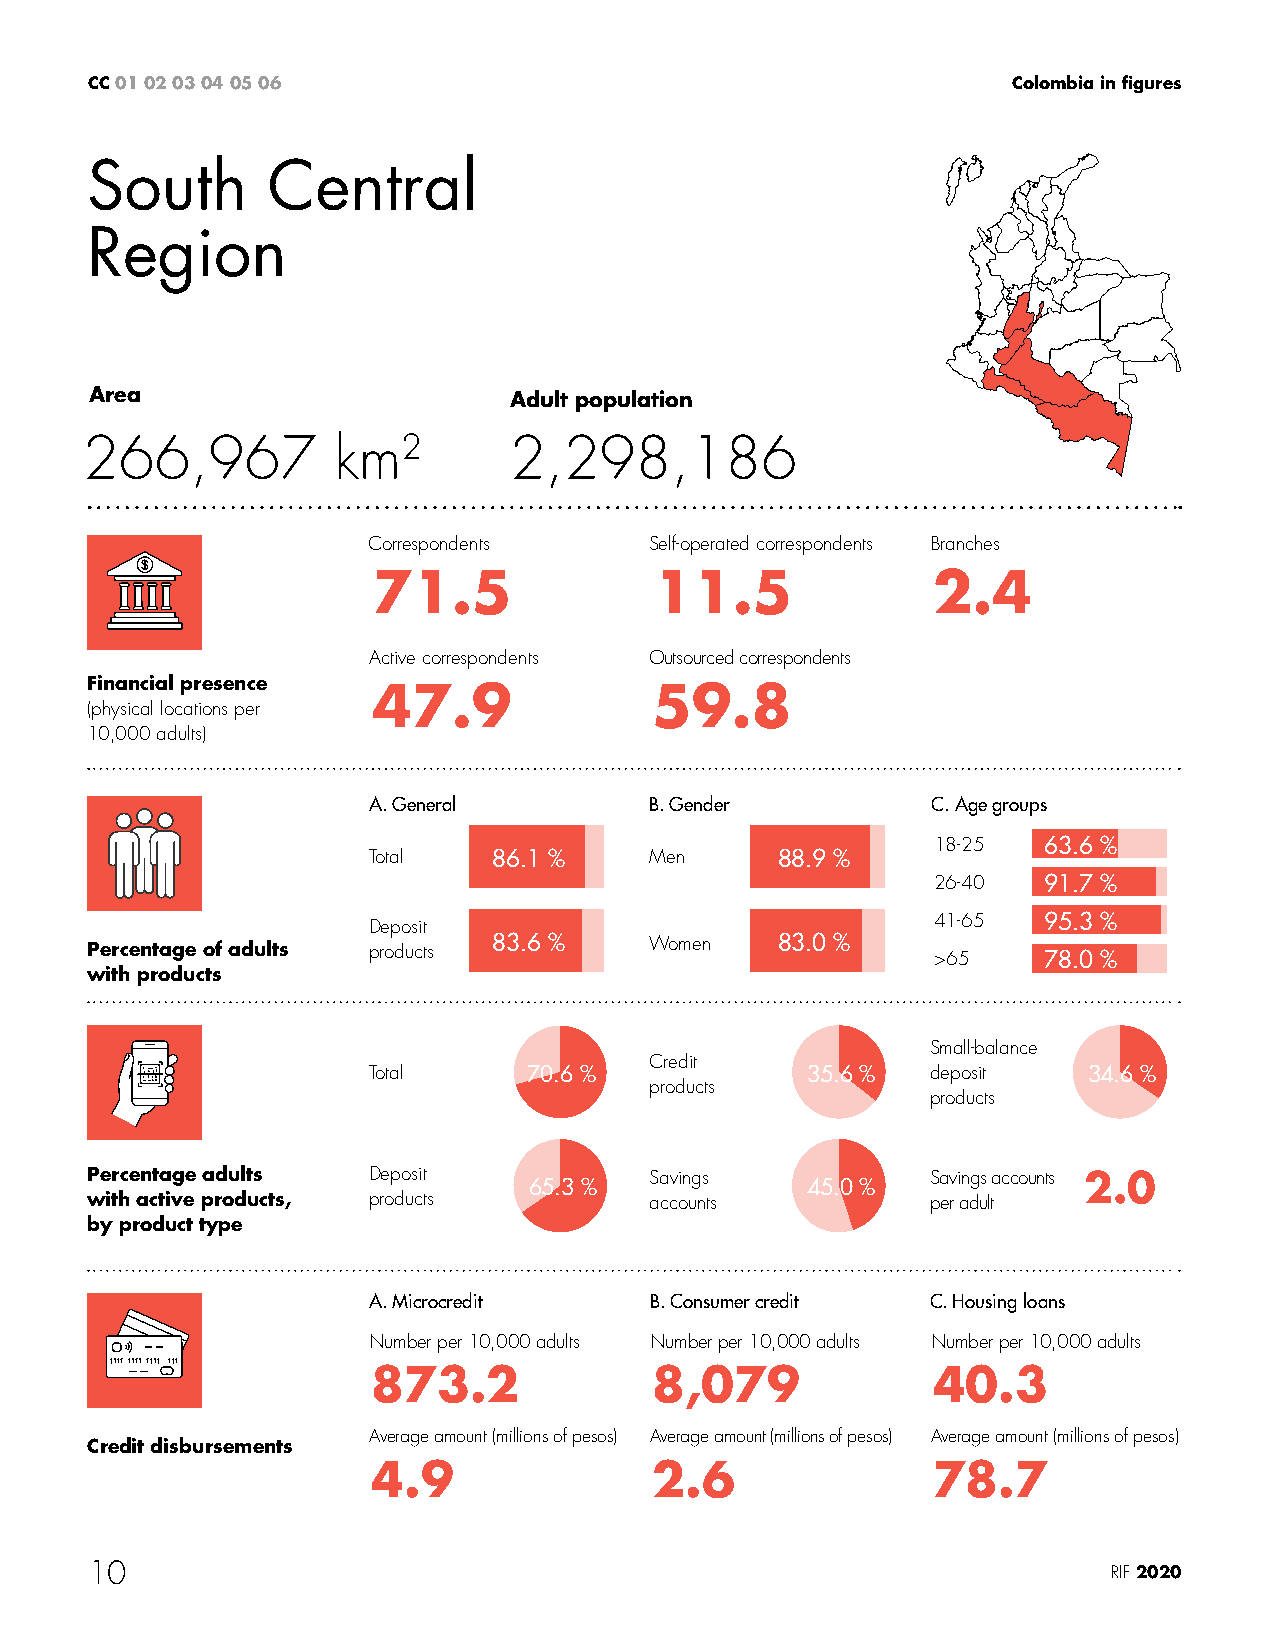
CC 01 02 03 04 05 06                                         Colombia in figures
 South       Central
 Region
 Area                        Adult population
 266,967          km2         2,298,186
 Correspondents     Self-operated correspondents Branches
 71.5              11.5               2.4
 Active correspondents Outsourced correspondents
 Financial presence
 47.9              59.8
 (physical locations per
 10,000 adults)
 A. General         B. Gender          C. Age groups
 18-25  63.6 %
 Total    86.1 %    Men     88.9 %
 26-40  91.7 %
 Deposit                               41-65  95.3 %
 Percentage of adults products 83.6 % Women   83.0 %     >65    78.0 %
 with products
 Small-balance
 Credit
 Total      70.6 %            35.6 %   deposit   34.6 %
 products
 products
 Percentage adults Deposit            Savings            Savings accounts 2.0
 65.3 %            45.0 %
 with active products, products       accounts           per adult
 by product type
 A. Microcredit     B. Consumer credit C. Housing loans
 Number per 10,000 adults Number per 10,000 adults Number per 10,000 adults
 873.2             8,079              40.3
 Average amount (millions of pesos) Average amount (millions of pesos) Average amount (millions of pesos)
 Credit disbursements
 4.9               2.6                78.7
 10                                                                  RIF 2020